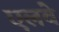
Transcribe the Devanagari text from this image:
एलवे